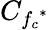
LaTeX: C_{{f_{c}}^{*}}